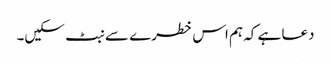
دعا ہے کہ ہم اس خطرے سے نبٹ سکیں۔